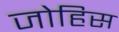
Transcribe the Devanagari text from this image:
जोहिस